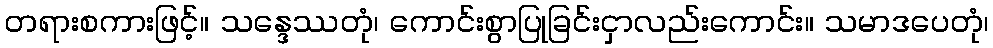
တရားစကားဖြင့်။ သန္ဒေဿတုံ၊ ကောင်းစွာပြုခြင်းငှာလည်းကောင်း။ သမာဒပေတုံ၊